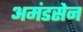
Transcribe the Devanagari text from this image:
अमंडसेन